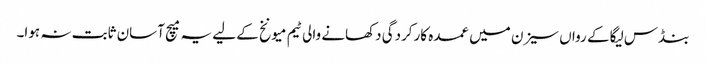
بنڈس لیگا کے رواں سیزن میں عمدہ کارکردگی دکھانے والی ٹیم میونخ کے لیے یہ میچ آسان ثابت نہ ہوا۔